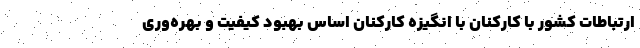
ارتباطات کشور با کارکنان با انگیزه کارکنان اساس بهبود کیفیت و بهره‌وری